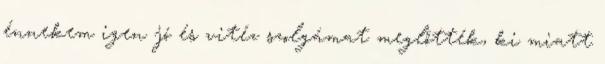
énnekem igen jó és vitéz szolgámat meglőtték, ki miatt